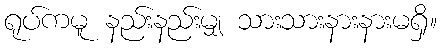
ရုပ်ကမူ နည်းနည်းမျှ သားသားနားနားမရှိ။